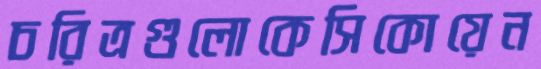
চরিত্রগুলোকেসিকোয়েন